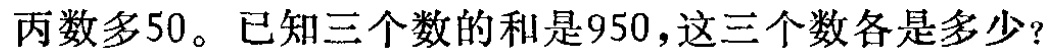
丙数多50。已知三个数的和是950，这三个数各是多少？